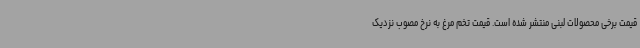
قیمت برخی محصولات لبنی منتشر شده است. قیمت تخم مرغ به نرخ مصوب نزدیک